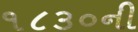
૧૮૩૦ની